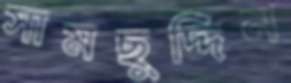
সামছুদ্দিন